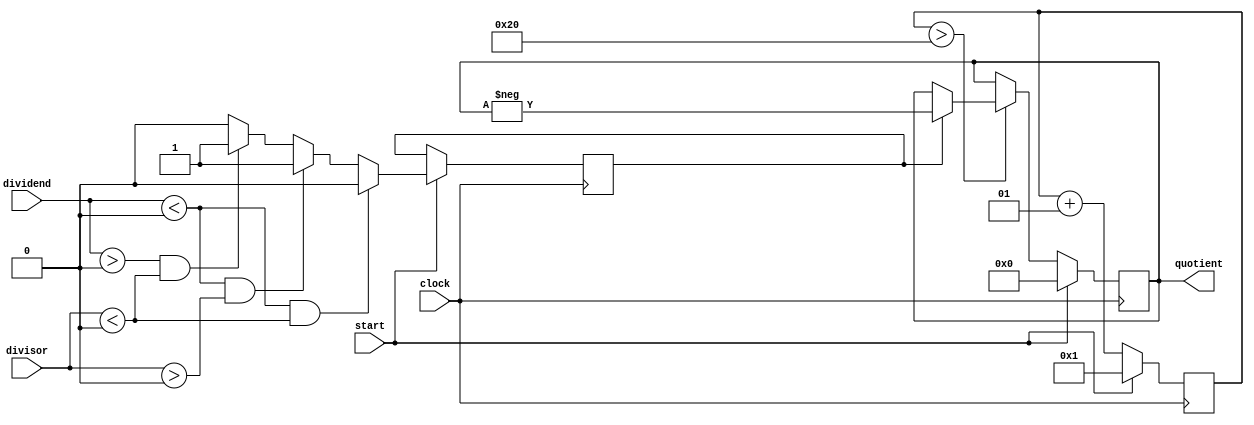
module Divider_32(quotient, dividend, divisor, clock, start);
	
	/*
		dvdnd_piece = dividend[32];
		dvsr_piece = divisor;
		quotient;
		counter = 0;
		isNegative;
		
		if(dividend < 0 && divisor < 0)
			isNegative = false;
			dividend = -dividend;
			divisor = -divisor;
			
		if(dividend < 0)
			isNegative = true;
			dividend = -dividend;
		if(divisor < 0)
			isNegative = true;
			divisor = -divisor;
		
		
		for(int i = 1; i < 32; i++)
			if(dvsr_piece > dvdnd_piece)
				quotient = {quotient, 0}
				dvdnd_piece = {dvdnd_piece, dividend[32 - i]}
			else
				quotient = {quotient, 1}
				dvdnd_piece = dvdnd_piece - dvsr_piece;
		if(isNegative == true)
			quotient = -quotient;
	*/
	parameter BITS = 32;
	parameter INPUT_LENGTH = BITS - 1;
	parameter COUNT_LENGTH = $clog2(BITS);
	
	input clock, start;
	input signed [INPUT_LENGTH:0] dividend, divisor;
	output signed [INPUT_LENGTH:0] quotient;
	
	reg signed [INPUT_LENGTH:0] dividend_piece, divisor_piece, dividend_hold, quotient_piece;
	
	reg signed [INPUT_LENGTH - 1:0] zeroes;
	
	reg isNegative;
	// reg [COUNT_LENGTH - 1:0] count;
	integer count;
	
	always @ (posedge clock) begin
		if(start) begin
			count <= 1;
			zeroes <= 31'b0;
			quotient_piece <= 32'b0;
			if(dividend < 0 && divisor < 0) begin
				isNegative <= 0;
				divisor_piece <= -divisor;
				dividend_piece <= -dividend;
			end else if(dividend < 0 && divisor > 0) begin
				isNegative <= 1;
				dividend_piece <= -dividend;
				divisor_piece <= divisor;
			end else if(dividend > 0 && divisor < 0) begin
				isNegative <= 1;
				divisor_piece <= -divisor;
				dividend_piece <= dividend;
			end else begin
				isNegative <= 0;
				dividend_piece <= dividend;
				divisor_piece <= divisor;
			end
			dividend_hold <= {zeroes, dividend_piece[INPUT_LENGTH]};
		end
		else begin
			count <= count + 1;
			if(divisor_piece > dividend_hold) begin
				quotient_piece <= quotient_piece * 2;
				dividend_hold <= {dividend_hold, dividend_piece[INPUT_LENGTH - count]};
			end
			if(divisor_piece <= dividend_hold) begin
				quotient_piece <= quotient_piece * 2 + 1;
				dividend_hold <= (dividend_hold - divisor_piece) * 2 + dividend_piece[INPUT_LENGTH - count];
			end
			if(count > 32) begin
				if(isNegative) begin
					quotient_piece = -quotient_piece;
				end
				else begin
					quotient_piece = quotient_piece;
				end
			end
		end
	end
	
	assign quotient = quotient_piece;
	
endmodule